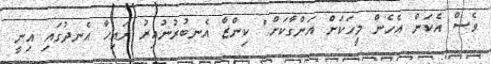
ވެސް އެކަން އެހެން މީހަކަށް އަންގާކަށް." ކިންޒާ އެނބުރުނުއިރު ރައިހާ އެނދުގައި އިނީ